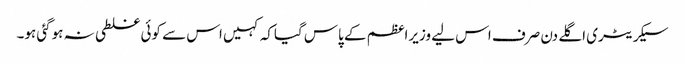
سیکریٹری اگلے دن صرف اس لیے وزیراعظم کے پاس گیاکہ کہیں اس سے کوئی غلطی نہ ہوگئی ہو۔